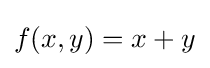
f(x,y)=x+y